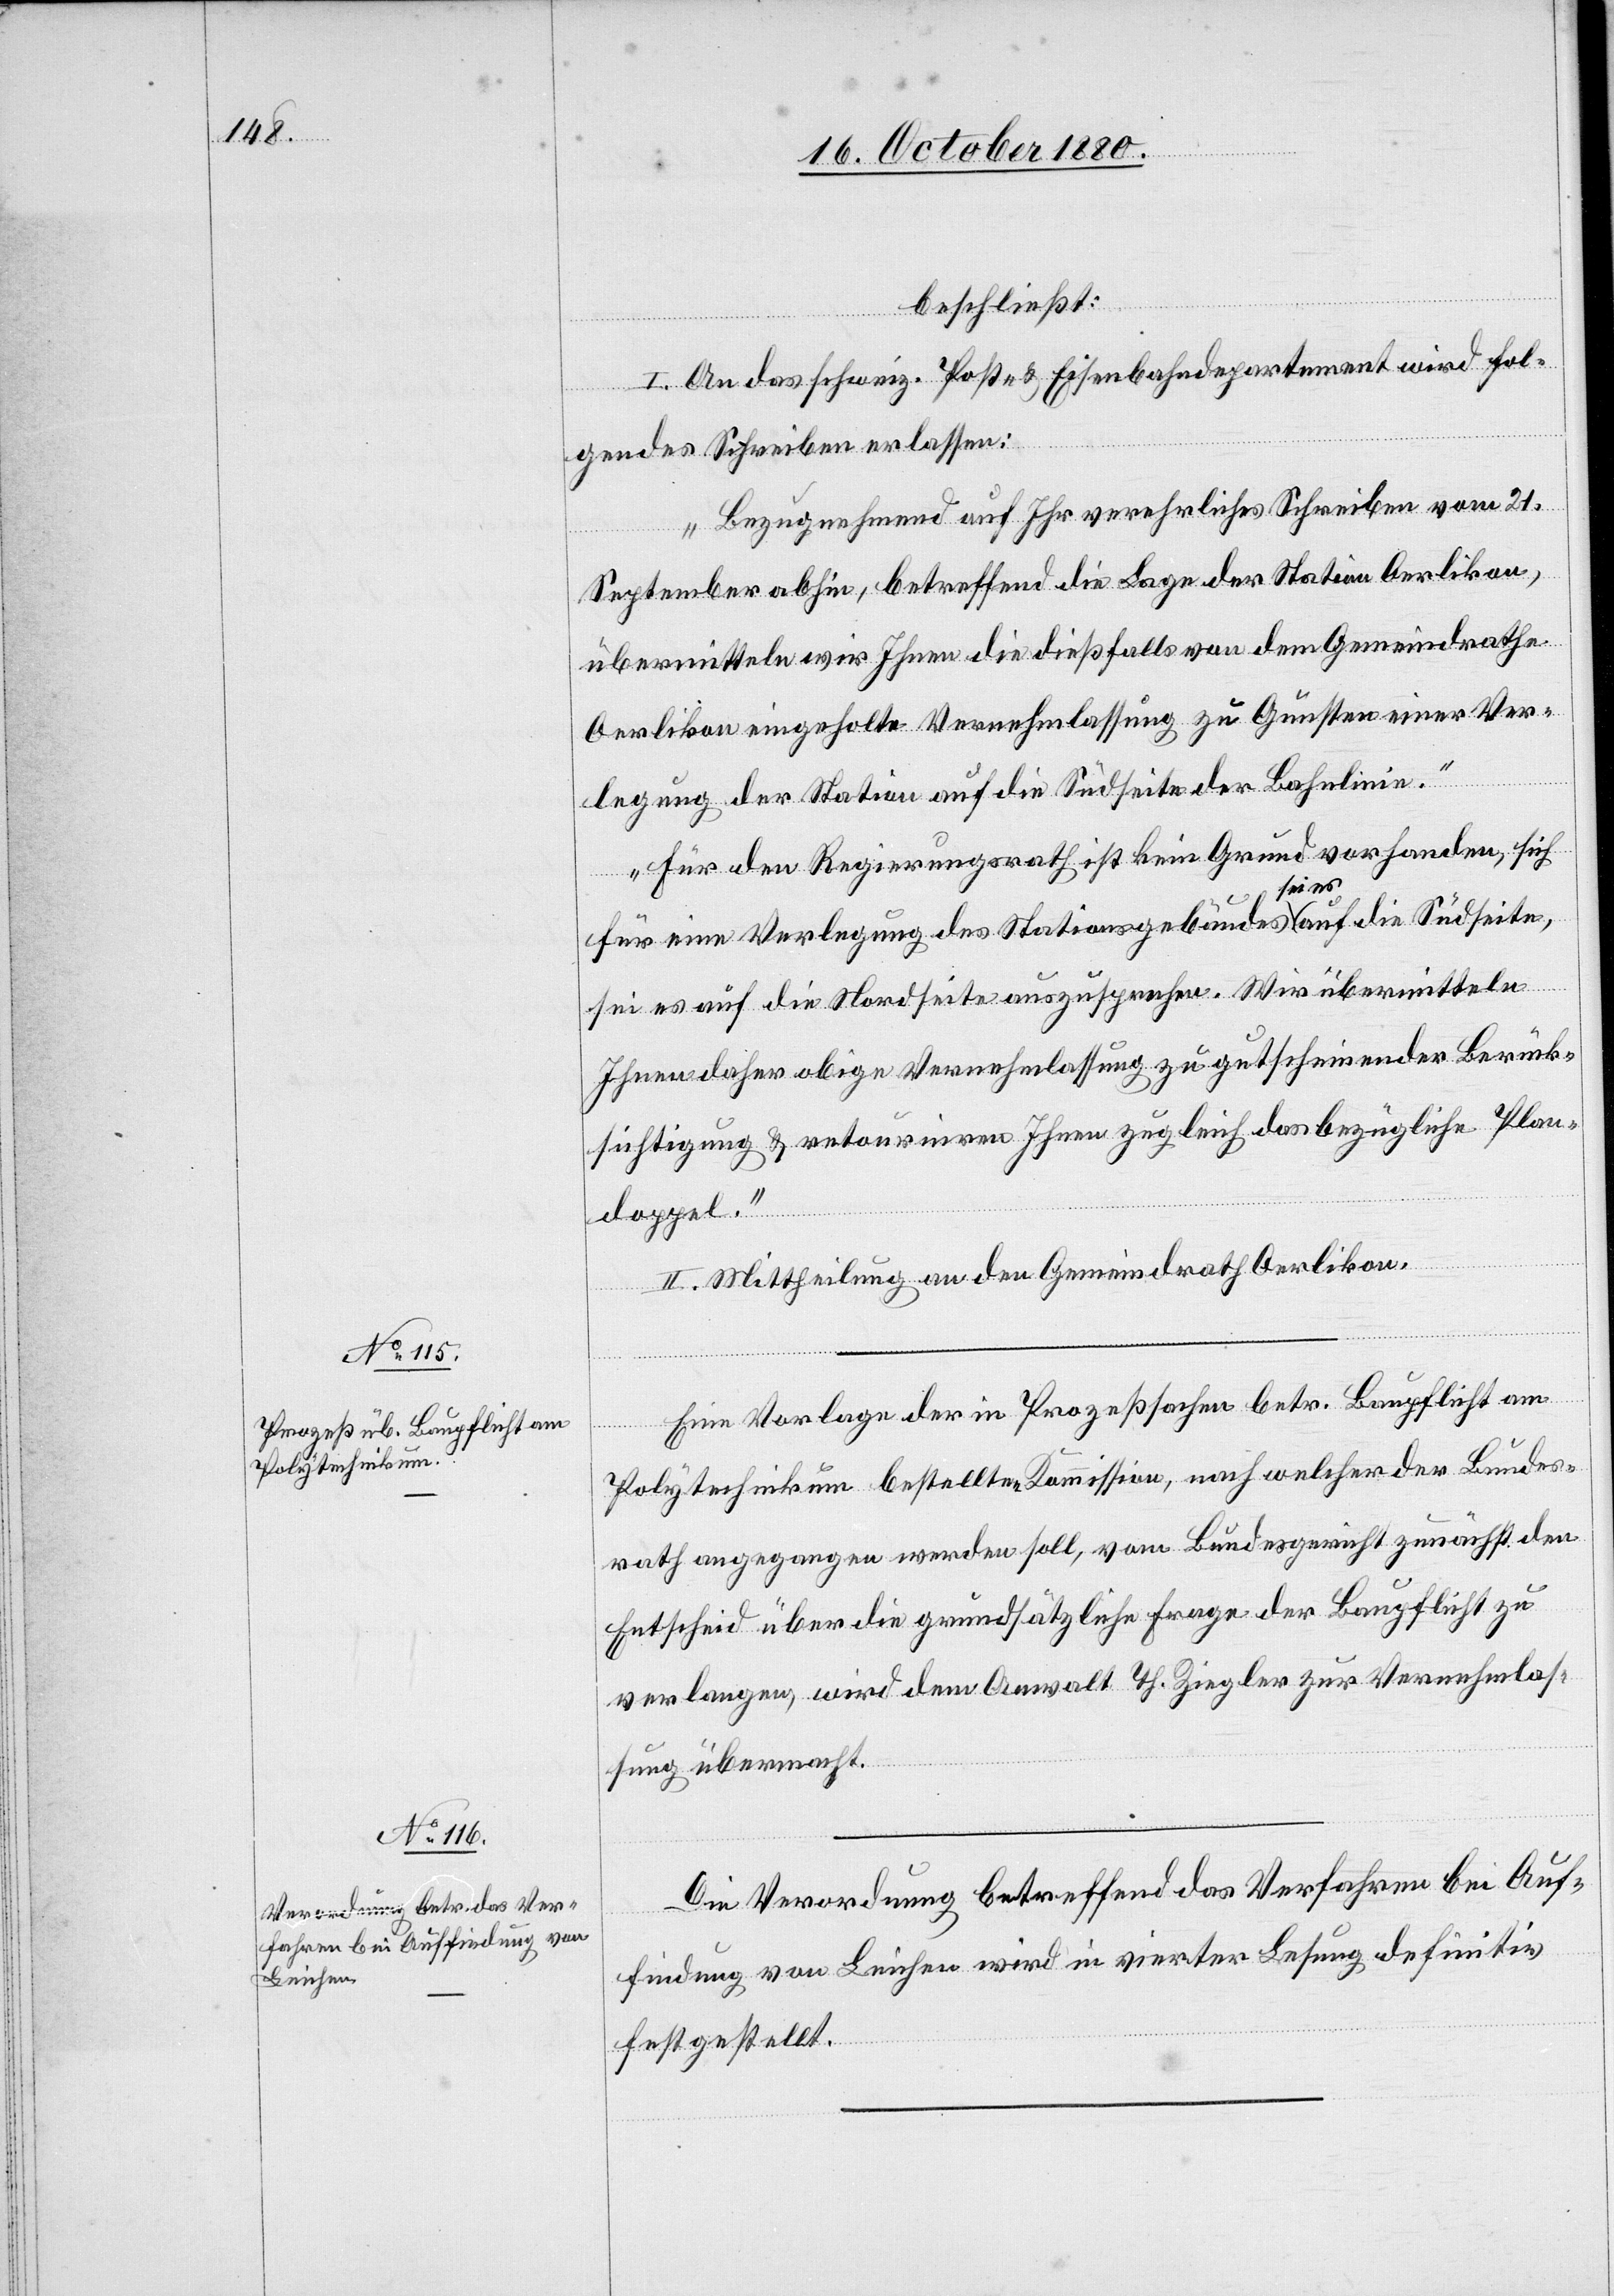
beschließt:
I. An das schweiz. Post- & Eisenbahndepartement wird fol¬
gendes Schreiben erlassen:
„Bezugnehmend auf Ihr verehrliches Schreiben vom 21.
September abhin, betreffend die Lage der Station Oerlikon,
übermitteln wir Ihnen die dießfalls von dem Gemeindrathe
Oerlikon eingeholte Vernehmlassung zu Gunsten einer Ver¬
legung der Station auf die Südseite der Bahnlinie.
Für den Regierungsrath ist kein Grund vorhanden, sich
für eine Verlegung des Stationsgebäudes sei es auf die Südseite,
sei es auf die Nordseite auszusprechen. Wir übermitteln
Ihnen daher obige Vernehmlassung zu gutscheinender Berück¬
sichtigung & retourniren Ihnen zugleich das bezügliche Plan¬
doppel.“
II. Mittheilung an den Gemeindrath Oerlikon.
Eine Vorlage der in Prozeßsachen betr. Baupflicht am
Polytechnikum bestellten Kommission, nach welcher der Bundes¬
rath angegangen werden soll, vom Bundesgericht zunächst
Entscheid über die grundsätzliche Frage der Baupflicht zu
verlangen, wird dem Anwalt Th. Ziegler zur Vernehmlas¬
sung übermacht.
Die Verordnung betreffend das Verfahren bei Auf¬
findung von Leichen wird in vierter Lesung definitiv
festgestellt.